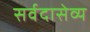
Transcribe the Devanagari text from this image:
सर्वदासेव्य